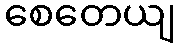
စေတေယျ